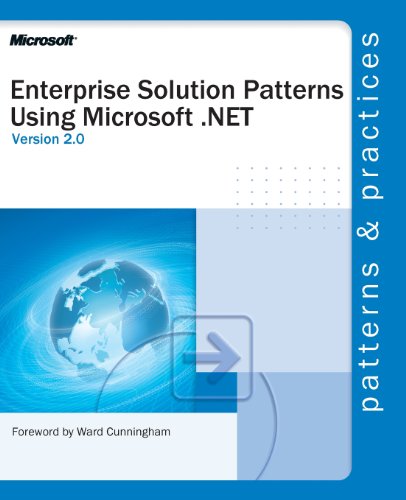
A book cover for Enterprise Solution Patterns Using MicrosoftÂ® .NET; Microsoft Corporation; Computers & Technology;